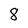
Character: 8